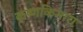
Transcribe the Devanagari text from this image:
कृष्णकिनारा